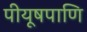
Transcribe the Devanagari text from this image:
पीयूषपाणि